Report of the Bombay Veterinary College
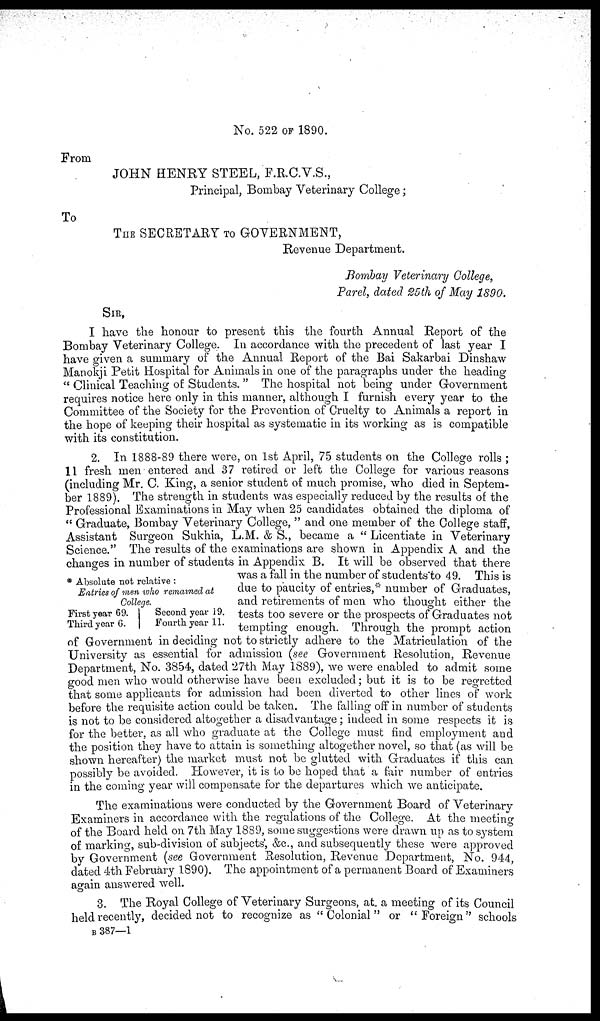
No. 522 OF 1890.
From
JOHN HENRY STEEL, F.R.C.V.S.,
Principal, Bombay Veterinary College ;
To
THE SECRETARY TO GOVERNMENT,
Revenue Department.
Bombay Veterinary College,
Parel, dated 25th of May 1890.
SIR,
I have the honour to present this the fourth Annual Report of the
Bombay Veterinary College. In accordance with the precedent of last year I
have given a summary of the Annual Report of the Bai Sakarbai Dinshaw
Manokji Petit Hospital for Animals in one of the paragraphs under the heading
"Clinical Teaching of Students. "The hospital not being under Government
requires notice here only in this manner, although I furnish every year to the
Committee of the Society for the Prevention of Cruelty to Animals a report in
the hope of keeping their hospital as systematic in its working as is compatible
with its constitution.
* Absolute not relative :
Entries of men who remained at
College.
First year 69.
Second year 19.
Third year 6.
Fourth year 11.
2. In 1888-89 there were, on 1st April, 75 students on the College rolls ;
11 fresh men entered and 37 retired or left the College for various reasons
(including Mr. C. King, a senior student of much promise, who died in Septem-
ber 1889). The strength in students was especially reduced by the results of the
Professional Examinations in May when 25 candidates obtained the diploma of
" Graduate, Bombay Veterinary College, " and one member of the College staff,
Assistant Surgeon Sukhia, L.M. & S., became a " Licentiate in Veterinary
Science." The results of the examinations are shown in Appendix A and the
changes in number of students in Appendix B. It will be observed that there
was a fall in the number of students to 49. This is
due to paucity of entries,* number of Graduates,
and retirements of men who thought either the
tests too severe or the prospects of Graduates not
tempting enough. Through the prompt action
of Government in deciding not to strictly adhere to the Matriculation of the
University as essential for admission (see Government Resolution, Revenue
Department, No. 3854, dated 27th May 1889), we were enabled to admit some
good men who would otherwise have been excluded ; but it is to be regretted
that some applicants for admission had been diverted to other lines of work
before the requisite action could be taken. The falling off in number of students
is not to be considered altogether a disadvantage ; indeed in some respects it is
for the better, as all who graduate at the College must find employment and
the position they have to attain is something altogether novel, so that (as will be
shown hereafter) the market must not be glutted with Graduates if this can
possibly be avoided. However, it is to be hoped that a fair number of entries
in the coming year will compensate for the departures which we anticipate.
The examinations were conducted by the Government Board of Veterinary
Examiners in accordance with the regulations of the College. At the meeting
of the Board held on 7th May 1889, some suggestions were drawn up as to system
of marking, sub-division of subjects, &c., and subsequently these were approved
by Government (see Government Resolution, Revenue Department, No. 944,
dated 4th February 1890). The appointment of a permanent Board of Examiners
again answered well.
3. The Royal College of Veterinary Surgeons, at a meeting of its Council
held recently, decided not to recognize as "Colonial" or "Foreign" schools
B
387—1